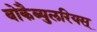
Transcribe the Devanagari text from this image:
वोकैब्युलरियस्